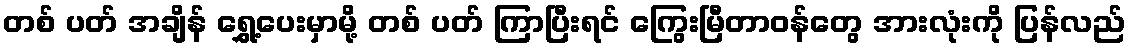
တစ် ပတ် အချိန် ရွှေ့ပေးမှာမို့ တစ် ပတ် ကြာပြီးရင် ကြွေးမြီတာဝန်တွေ အားလုံးကို ပြန်လည်